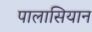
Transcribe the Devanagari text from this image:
पालासियान